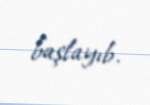
başlayıb.